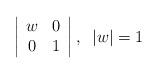
LaTeX: \begin{align*}\left| \begin{array}{cc}w&0\\0&1\end{array}\right|,\;\;|w|=1\end{align*}